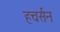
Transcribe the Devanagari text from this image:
हचर्सन